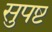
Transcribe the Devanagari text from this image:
सुपष्ट